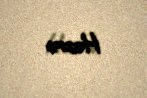
Həzrə